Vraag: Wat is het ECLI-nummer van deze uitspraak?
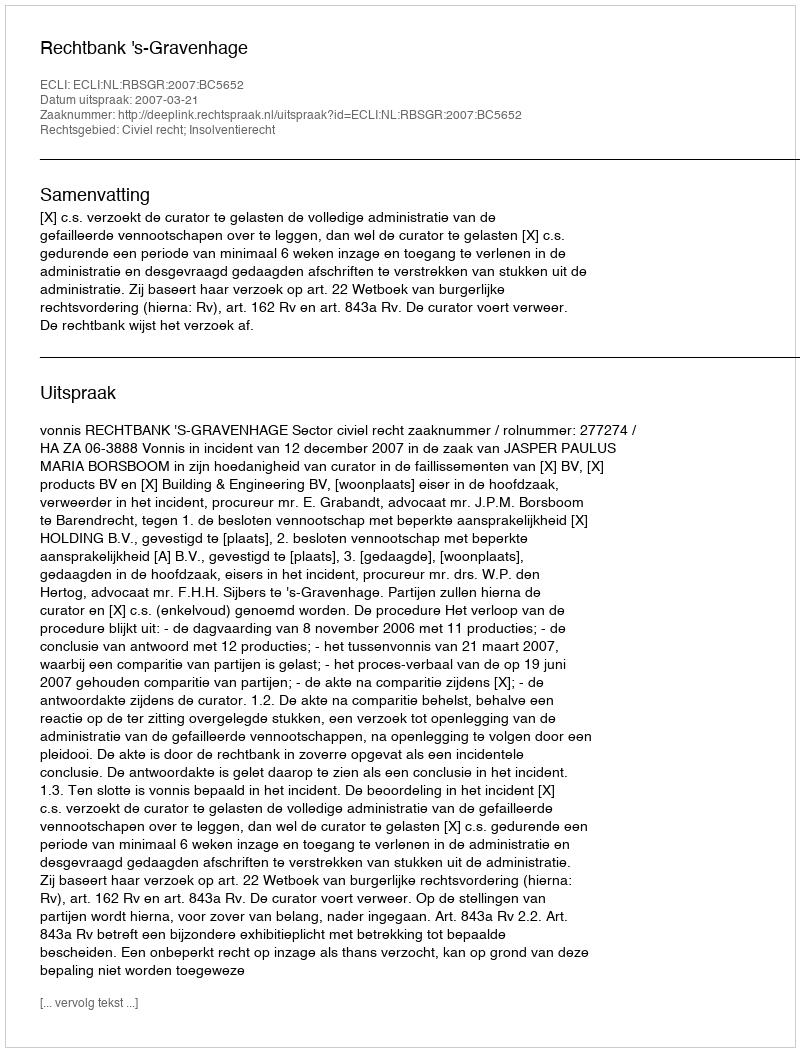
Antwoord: ECLI:NL:RBSGR:2007:BC5652